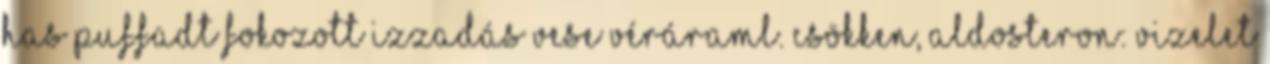
has puffadt Fokozott izzadás Vese véráraml. csökken, aldosteron: vizelet